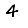
Digit: 4